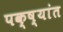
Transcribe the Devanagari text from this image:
पक्ष्यांत